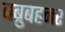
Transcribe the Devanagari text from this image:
बब्रुबहनर